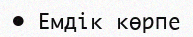
•	Емдік көрпе